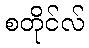
စတိုင်လ်